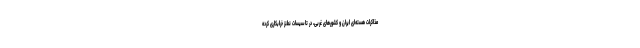
مذاکرات هسته‌ای ایران و کشورهای غربی، در تاسیسات نطنز خرابکاری کرده